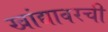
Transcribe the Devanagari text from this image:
खांद्यावरची